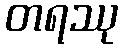
တရဿု